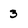
Character: 3